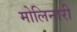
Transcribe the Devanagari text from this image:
मोलिनारी